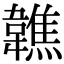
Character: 𩏢